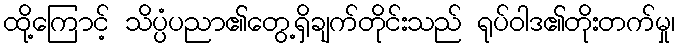
ထို့ကြောင့် သိပ္ပံပညာ၏တွေ့ရှိချက်တိုင်းသည် ရုပ်ဝါဒ၏တိုးတက်မှု၊